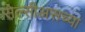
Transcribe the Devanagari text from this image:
सेल्सीअसच्या